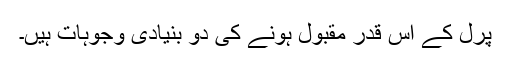
پرل کے اس قدر مقبول ہونے کی دو بنیادی وجوہات ہیں۔